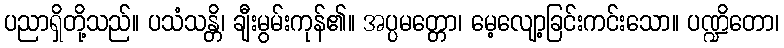
ပညာရှိတို့သည်။ ပသံသန္တိ၊ ချီးမွမ်းကုန်၏။ အပ္ပမတ္တော၊ မေ့လျော့ခြင်းကင်းသော။ ပဏ္ဍိတော၊